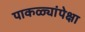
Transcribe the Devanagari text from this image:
पाकळ्यांपेक्षा